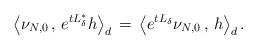
LaTeX: \begin{align*}\left\langle \nu_{ N, 0}\, ,\, e^{ tL_{ \delta}^{ \ast}} h\right\rangle_{ d}\, =\, \left\langle e^{ tL_{ \delta}} \nu_{ N, 0}\, ,\, h\right\rangle_{ d}.\end{align*}